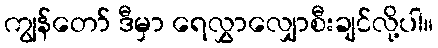
ကျွန်တော် ဒီမှာ ရေလွှာလျှောစီးချင်လို့ပါ။